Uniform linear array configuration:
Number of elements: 64
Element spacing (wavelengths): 0.5
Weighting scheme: blackman
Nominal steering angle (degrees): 15
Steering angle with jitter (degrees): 15.265
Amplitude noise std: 0.05
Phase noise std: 0.05

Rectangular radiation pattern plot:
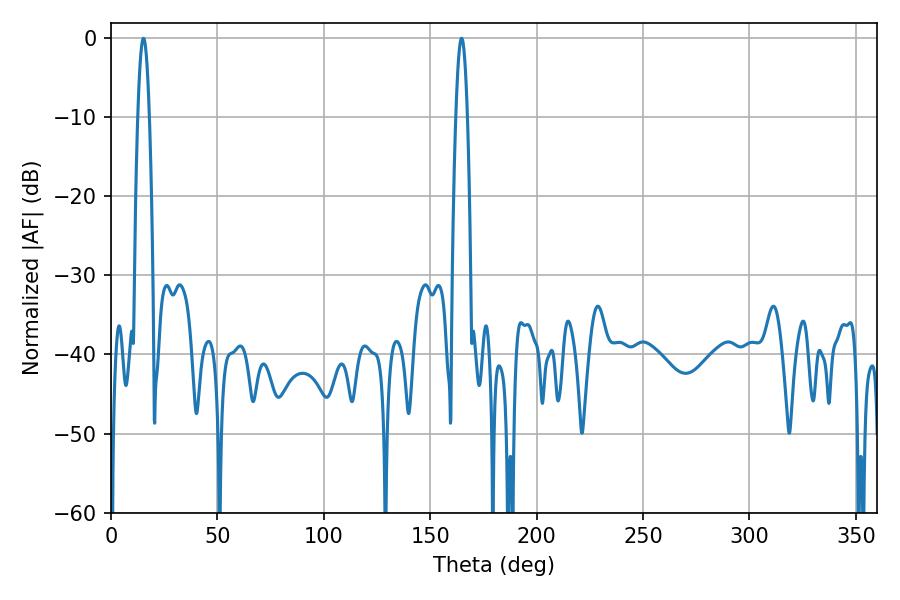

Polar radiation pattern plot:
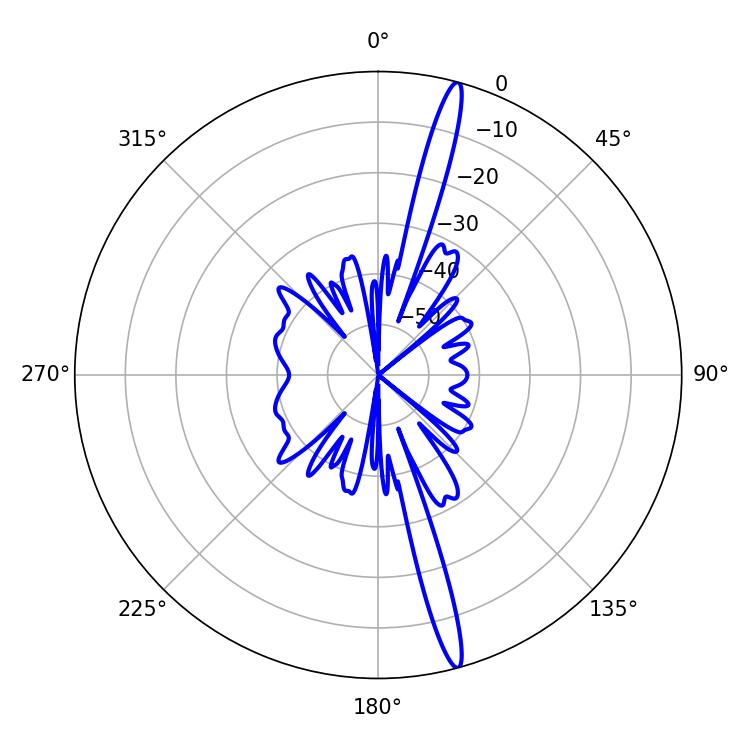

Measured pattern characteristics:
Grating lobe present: FALSE
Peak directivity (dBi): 18.253
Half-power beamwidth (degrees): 2.88
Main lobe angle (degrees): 164.7